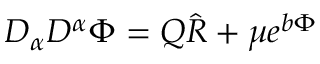
D _ { \alpha } D ^ { \alpha } \Phi = Q \hat { R } + \mu e ^ { b \Phi }